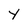
Character: Y